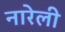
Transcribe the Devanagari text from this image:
नारेली